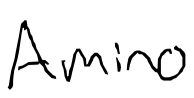
Text: Amino
Cross-out: clean
Writing tool: digital_black